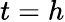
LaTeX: t=h